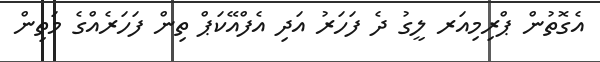
އެގޮތުން ޕްރިމިއަރ ލީގު ދެ ފަހަރު އަދި އެފްއޭކަޕް ތިން ފަހަރެއްގެ މަތިން